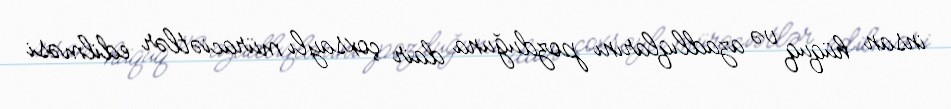
insan hüquq və azadlıqlarını pozduğuna dair çoxsaylı müraciətlər edilməsi